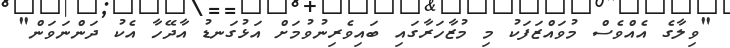
"ވިލާގެ އެއްވެސް މުވައްޒަފަކު މި މުޒާހަރާގައި ބައިވެރިނުވުމަށް އަޅުގަނޑު އާދޭހާ އެކު ދަންނަވަން"